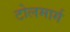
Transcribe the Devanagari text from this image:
टोलमार्ग